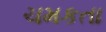
ચમકતા